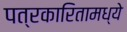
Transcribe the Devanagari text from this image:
पत्रकारितामध्ये